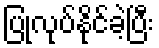
ပြုလုပ်နိုင်ခဲ့ပြီး